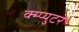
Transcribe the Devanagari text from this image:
क्म्प्युटर